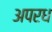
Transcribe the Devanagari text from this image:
अपरध